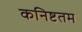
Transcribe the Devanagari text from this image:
कनिष्टतम